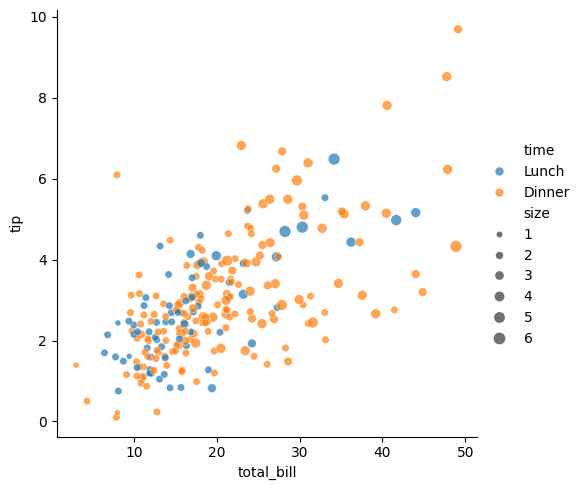
python, seaborn, relplot, alpha=0.7